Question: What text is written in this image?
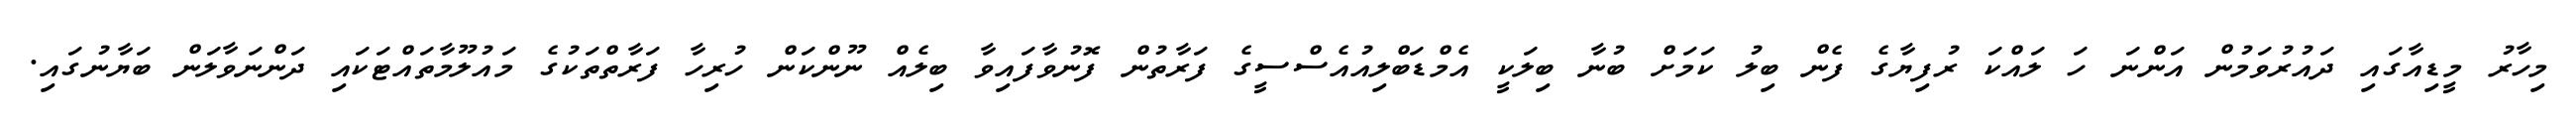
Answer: މިހާރު މީޑިއާގައި ދައުރުވަމުން އަންނަ ހަ ލައްކަ ރުފިޔާގެ ފެން ބިލު ކަމަށް ބުނާ ބިލަކީ އެމްޑަބްލިއުއެސްސީގެ ފަރާތުން ފޮނުވާފައިވާ ބިލެއް ނޫންކަން ހުރިހާ ފަރާތްތަކުގެ މައުލޫމާތައްޓަކައި ދަންނަވާލަން ބަޔާނުގައި.